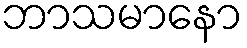
ဘာသမာနော